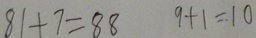
8 1 + 7 = 8 8 9 + 1 = 1 0